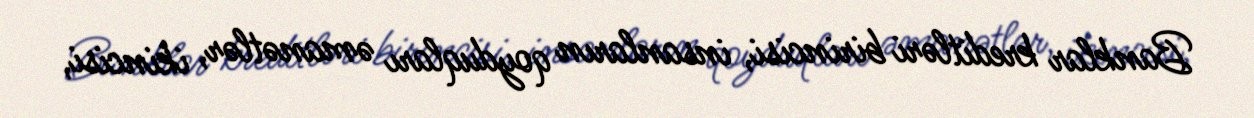
Banklar kreditləri birincisi, insanların qoyduqları əmanətlər, ikincisi,